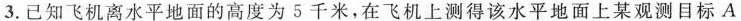
3.已知飞机离水平地面的高度为5千米，在飞机上测得该水平地面上某观测目标A